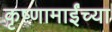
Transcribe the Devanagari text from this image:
कृष्णामाईंच्या